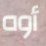
أوه